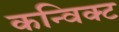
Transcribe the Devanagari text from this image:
कन्विक्ट